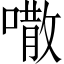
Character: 𠾎